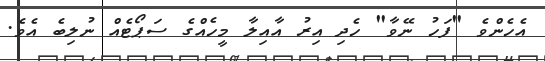
އެހެންވެ "ފަހު ނޭވާ" ހެދި އިރު އާއިލާ މީހެއްގެ ސަޕޯޓެއް ނުލިބެ އެވެ.